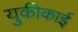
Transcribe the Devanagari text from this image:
युकीकाई